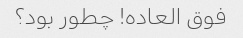
فوق العاده! چطور بود؟